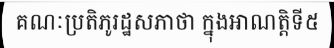
គណៈប្រតិភូរដ្ឋសភាថា ក្នុងអាណត្តិទី៥